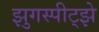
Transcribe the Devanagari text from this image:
झुगस्पीट्झे